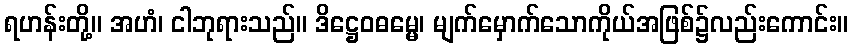
ရဟန်းတို့။ အဟံ၊ ငါဘုရားသည်။ ဒိဋ္ဌေဝဓမ္မေ၊ မျက်မှောက်သောကိုယ်အဖြစ်၌လည်းကောင်း။